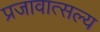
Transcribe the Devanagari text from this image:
प्रजावात्सल्य